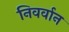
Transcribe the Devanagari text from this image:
निवर्वान